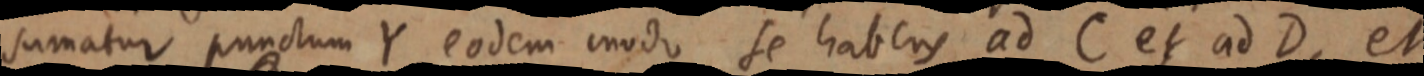
sumatur punctum Y eodem modo se habens ad C et ad D, et